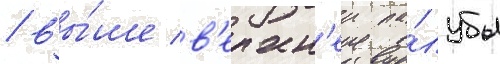
/ вы́ше в'ерхн'еи па́лубы